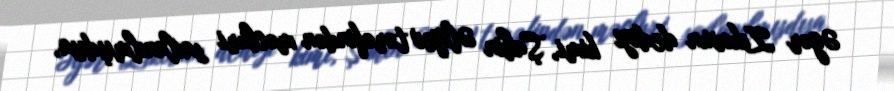
Əgər Zıkovun dediyi kimi, Şahin Əliyev tərəfindən məcburi saxlanılmışdısa,